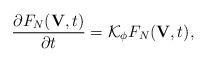
\begin{align*}\frac{\partial F_N(\textbf{V},t) }{\partial t}=\mathcal{K}_{\phi} F_N(\textbf{V},t),\end{align*}